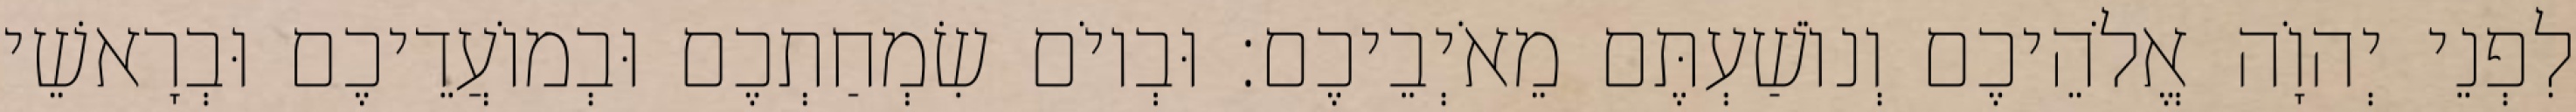
לִפְנֵי יְהוָֹה אֱלֹהֵיכֶם וְנוֹשַׁעְתֶּם מֵאֹיְבֵיכֶם׃ וּבְיוֹם שִׂמְחַתְכֶם וּבְמוֹעֲדֵיכֶם וּבְרָאשֵׁי